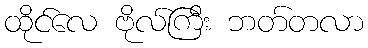
ထိုင်လေ ဗိုလ်ကြီး ဘတ်တလာ